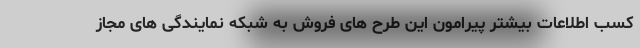
کسب اطلاعات بیشتر پیرامون این طرح های فروش به شبکه نمایندگی های مجاز